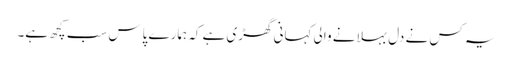
یہ کس نے دل بہلانے والی کہانی گھڑی ہے کہ ہمارے پاس سب کچھ ہے۔